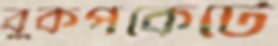
বুকপকেটে